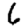
Digit: 6